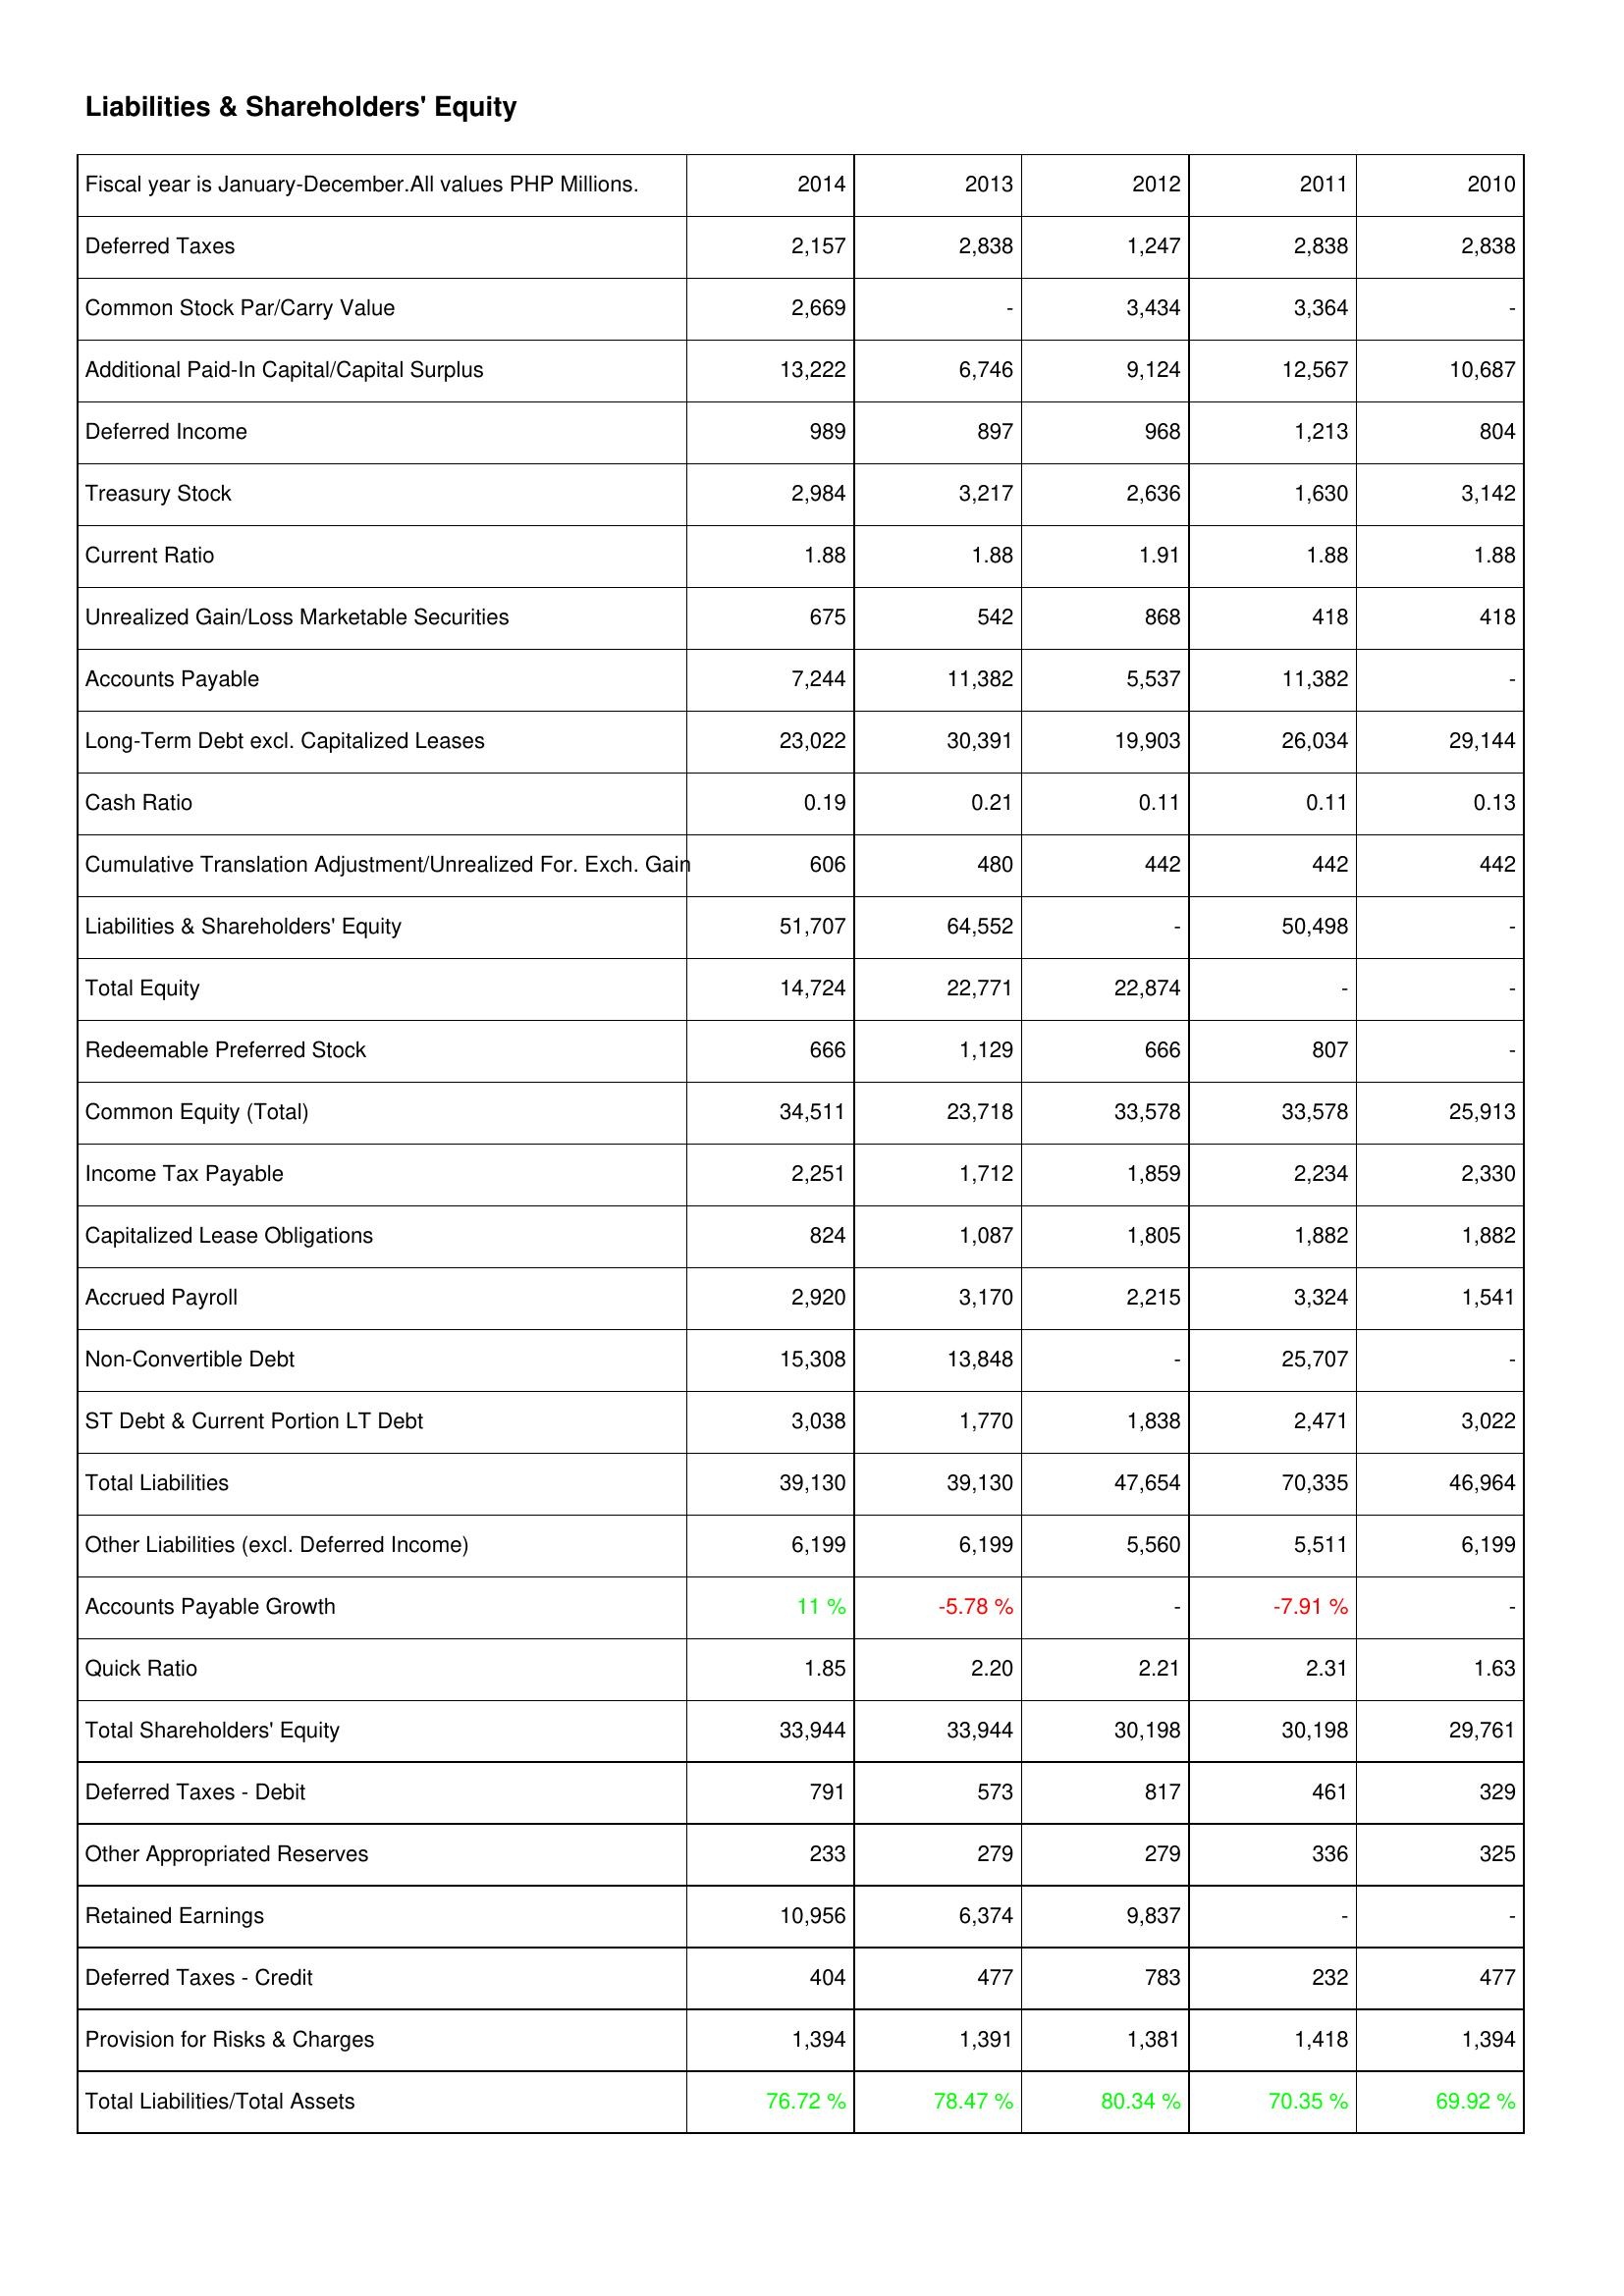
2014: Liabilities & Shareholders' Equity: Deferred Taxes: 2,157
Common Stock Par/Carry Value: 2,669
Additional Paid-In Capital/Capital Surplus: 13,222
Deferred Income: 989
Treasury Stock: 2,984
Current Ratio: 1.88
Unrealized Gain/Loss Marketable Securities: 675
Accounts Payable: 7,244
Long-Term Debt excl. Capitalized Leases: 23,022
Cash Ratio: 0.19
Cumulative Translation Adjustment/Unrealized For. Exch. Gain: 606
Liabilities & Shareholders' Equity: 51,707
Total Equity: 14,724
Redeemable Preferred Stock: 666
Common Equity (Total): 34,511
Income Tax Payable: 2,251
Capitalized Lease Obligations: 824
Accrued Payroll: 2,920
Non-Convertible Debt: 15,308
ST Debt & Current Portion LT Debt: 3,038
Total Liabilities: 39,130
Other Liabilities (excl. Deferred Income): 6,199
Accounts Payable Growth: 11 %
Quick Ratio: 1.85
Total Shareholders' Equity: 33,944
Deferred Taxes - Debit: 791
Other Appropriated Reserves: 233
Retained Earnings: 10,956
Deferred Taxes - Credit: 404
Provision for Risks & Charges: 1,394
Total Liabilities/Total Assets: 76.72 %
2013: Liabilities & Shareholders' Equity: Deferred Taxes: 2,838
Common Stock Par/Carry Value: -
Additional Paid-In Capital/Capital Surplus: 6,746
Deferred Income: 897
Treasury Stock: 3,217
Current Ratio: 1.88
Unrealized Gain/Loss Marketable Securities: 542
Accounts Payable: 11,382
Long-Term Debt excl. Capitalized Leases: 30,391
Cash Ratio: 0.21
Cumulative Translation Adjustment/Unrealized For. Exch. Gain: 480
Liabilities & Shareholders' Equity: 64,552
Total Equity: 22,771
Redeemable Preferred Stock: 1,129
Common Equity (Total): 23,718
Income Tax Payable: 1,712
Capitalized Lease Obligations: 1,087
Accrued Payroll: 3,170
Non-Convertible Debt: 13,848
ST Debt & Current Portion LT Debt: 1,770
Total Liabilities: 39,130
Other Liabilities (excl. Deferred Income): 6,199
Accounts Payable Growth: -5.78 %
Quick Ratio: 2.20
Total Shareholders' Equity: 33,944
Deferred Taxes - Debit: 573
Other Appropriated Reserves: 279
Retained Earnings: 6,374
Deferred Taxes - Credit: 477
Provision for Risks & Charges: 1,391
Total Liabilities/Total Assets: 78.47 %
2012: Liabilities & Shareholders' Equity: Deferred Taxes: 1,247
Common Stock Par/Carry Value: 3,434
Additional Paid-In Capital/Capital Surplus: 9,124
Deferred Income: 968
Treasury Stock: 2,636
Current Ratio: 1.91
Unrealized Gain/Loss Marketable Securities: 868
Accounts Payable: 5,537
Long-Term Debt excl. Capitalized Leases: 19,903
Cash Ratio: 0.11
Cumulative Translation Adjustment/Unrealized For. Exch. Gain: 442
Liabilities & Shareholders' Equity: -
Total Equity: 22,874
Redeemable Preferred Stock: 666
Common Equity (Total): 33,578
Income Tax Payable: 1,859
Capitalized Lease Obligations: 1,805
Accrued Payroll: 2,215
Non-Convertible Debt: -
ST Debt & Current Portion LT Debt: 1,838
Total Liabilities: 47,654
Other Liabilities (excl. Deferred Income): 5,560
Accounts Payable Growth: -
Quick Ratio: 2.21
Total Shareholders' Equity: 30,198
Deferred Taxes - Debit: 817
Other Appropriated Reserves: 279
Retained Earnings: 9,837
Deferred Taxes - Credit: 783
Provision for Risks & Charges: 1,381
Total Liabilities/Total Assets: 80.34 %
2011: Liabilities & Shareholders' Equity: Deferred Taxes: 2,838
Common Stock Par/Carry Value: 3,364
Additional Paid-In Capital/Capital Surplus: 12,567
Deferred Income: 1,213
Treasury Stock: 1,630
Current Ratio: 1.88
Unrealized Gain/Loss Marketable Securities: 418
Accounts Payable: 11,382
Long-Term Debt excl. Capitalized Leases: 26,034
Cash Ratio: 0.11
Cumulative Translation Adjustment/Unrealized For. Exch. Gain: 442
Liabilities & Shareholders' Equity: 50,498
Total Equity: -
Redeemable Preferred Stock: 807
Common Equity (Total): 33,578
Income Tax Payable: 2,234
Capitalized Lease Obligations: 1,882
Accrued Payroll: 3,324
Non-Convertible Debt: 25,707
ST Debt & Current Portion LT Debt: 2,471
Total Liabilities: 70,335
Other Liabilities (excl. Deferred Income): 5,511
Accounts Payable Growth: -7.91 %
Quick Ratio: 2.31
Total Shareholders' Equity: 30,198
Deferred Taxes - Debit: 461
Other Appropriated Reserves: 336
Retained Earnings: -
Deferred Taxes - Credit: 232
Provision for Risks & Charges: 1,418
Total Liabilities/Total Assets: 70.35 %
2010: Liabilities & Shareholders' Equity: Deferred Taxes: 2,838
Common Stock Par/Carry Value: -
Additional Paid-In Capital/Capital Surplus: 10,687
Deferred Income: 804
Treasury Stock: 3,142
Current Ratio: 1.88
Unrealized Gain/Loss Marketable Securities: 418
Accounts Payable: -
Long-Term Debt excl. Capitalized Leases: 29,144
Cash Ratio: 0.13
Cumulative Translation Adjustment/Unrealized For. Exch. Gain: 442
Liabilities & Shareholders' Equity: -
Total Equity: -
Redeemable Preferred Stock: -
Common Equity (Total): 25,913
Income Tax Payable: 2,330
Capitalized Lease Obligations: 1,882
Accrued Payroll: 1,541
Non-Convertible Debt: -
ST Debt & Current Portion LT Debt: 3,022
Total Liabilities: 46,964
Other Liabilities (excl. Deferred Income): 6,199
Accounts Payable Growth: -
Quick Ratio: 1.63
Total Shareholders' Equity: 29,761
Deferred Taxes - Debit: 329
Other Appropriated Reserves: 325
Retained Earnings: -
Deferred Taxes - Credit: 477
Provision for Risks & Charges: 1,394
Total Liabilities/Total Assets: 69.92 %